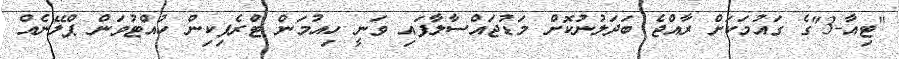
"ޓިއާ-3"ގެ ގައުމަކަށް ރާއްޖެ ބަދަލުނުކޮށް މަޑުޖައްސާލާފައި ވަނީ ހިއުމަން ޓްރެފިކިން ހުއްޓުވަން ޕްލޭނެއް